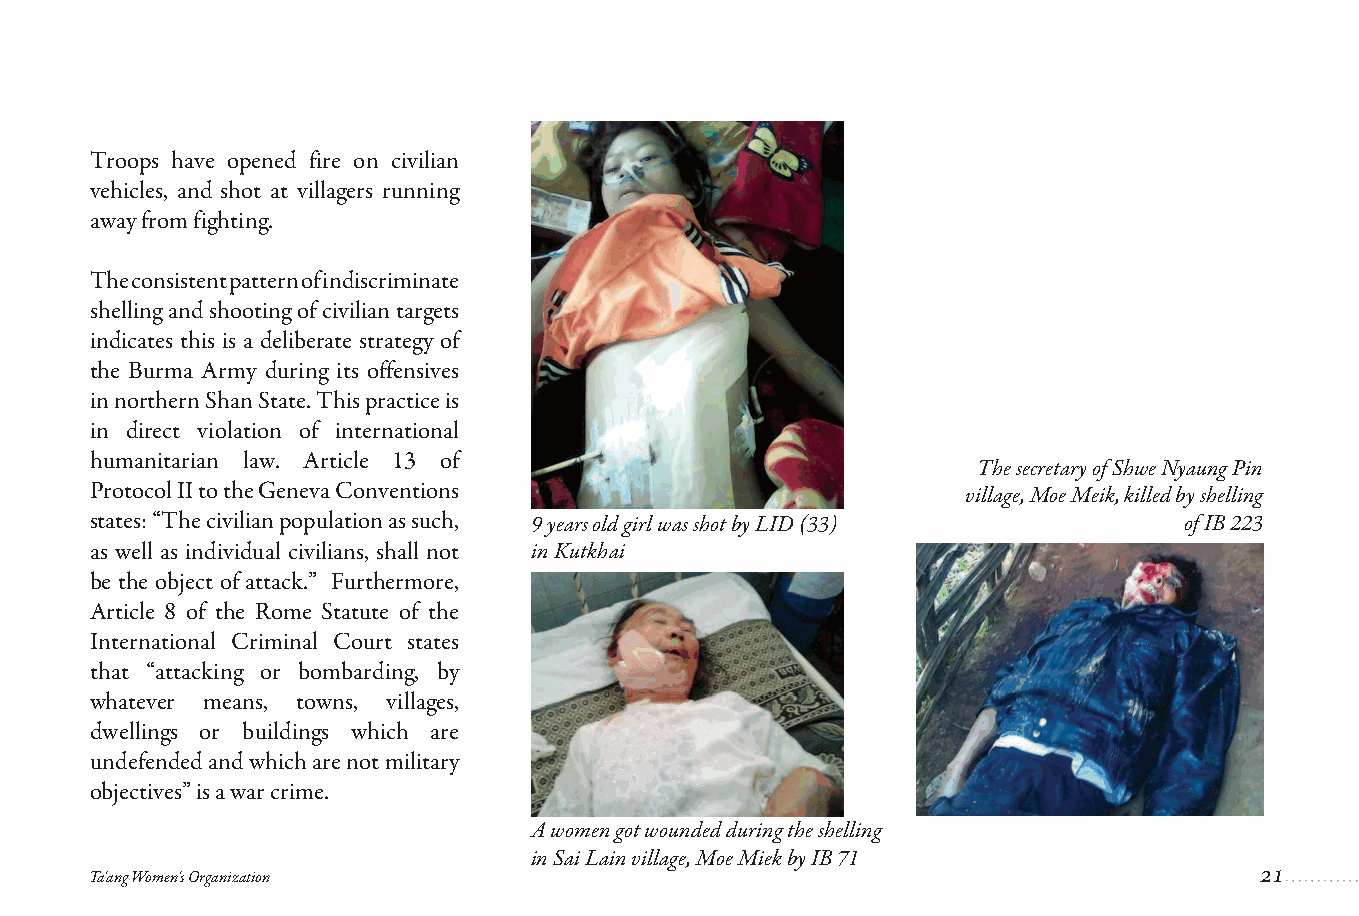
Troops have opened fire on civilian
 vehicles, and shot at villagers running
 away from fighting.
 The consistent pattern of indiscriminate
 shelling and shooting of civilian targets
 indicates this is a deliberate strategy of
 the Burma Army during its offensives
 in northern Shan State. This practice is
 in direct violation of international
 humanitarian law. Article 13 of
 The secretary of Shwe Nyaung Pin
 Protocol II to the Geneva Conventions                     village, Moe Meik, killed by shelling
 states: “The civilian population as such, 9 years old girl was shot by LID (33) of IB 223
 as well as individual civilians, shall not in Kutkhai
 be the object of attack.” Furthermore,
 Article 8 of the Rome Statute of the
 International Criminal Court states
 that “attacking or bombarding, by
 whatever means, towns, villages,
 dwellings or buildings which are
 undefended and which are not military
 objectives” is a war crime.
 A women got wounded during the shelling
 in Sai Lain village, Moe Miek by IB 71
 Ta'ang Women's Organization
 21